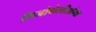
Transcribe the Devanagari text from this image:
मिजोथेलीओमा